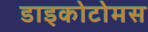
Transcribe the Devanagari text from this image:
डाइकोटोमस